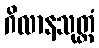
ဂိလာနသုတ္တံ